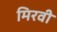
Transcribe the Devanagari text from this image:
मिरवी